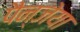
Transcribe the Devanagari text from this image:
पैन्जेया